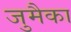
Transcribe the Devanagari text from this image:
जुमैका